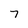
Character: 7